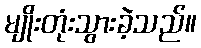
မျိုးတုံးသွားခဲ့သည်။